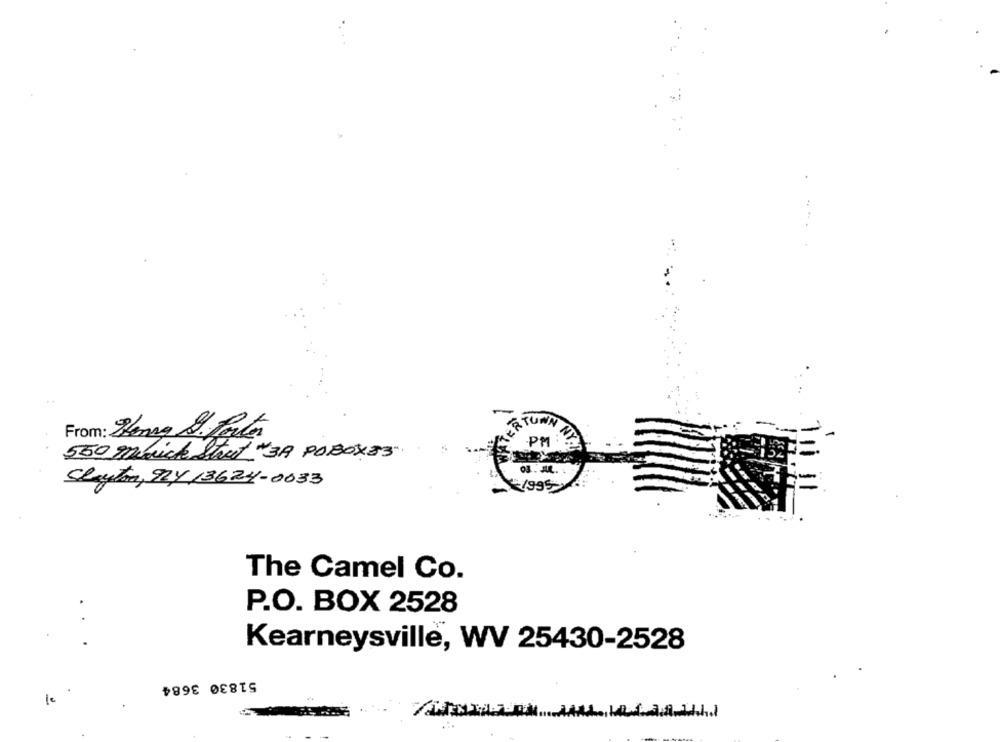
From: Zenny Stat
PM
550 merick Street "39 POBOX83"
Clayton, MY 13624-0633
The Camel Co.
P.O. BOX 2528
..
Kearneysville, WV 25430-2528
51830 3684